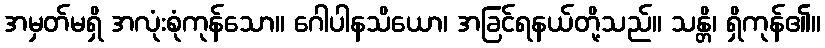
အမှတ်မရှိ အလုံးစုံကုန်သော။ ဂေါပါနသိယော၊ အခြင်ရနယ်တို့သည်။ သန္တိ၊ ရှိကုန်၏။